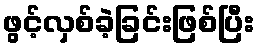
ဖွင့်လှစ်ခဲ့ခြင်းဖြစ်ပြီး